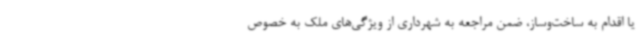
یا اقدام به ساخت‌وساز، ضمن مراجعه به شهرداری از ویژگی‌های ملک به خصوص